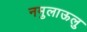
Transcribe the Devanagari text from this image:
नमुलाऊलु